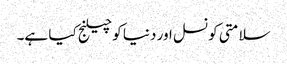
سلامتی کونسل اور دنیا کو چیلنج کیا ہے۔